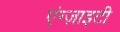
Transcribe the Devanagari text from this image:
एंग्ज़ाइटी